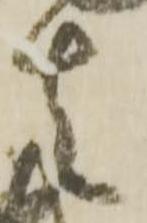
者